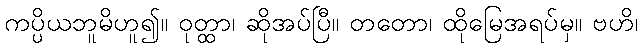
ကပ္ပိယဘူမိဟူ၍။ ဝုတ္ထာ၊ ဆိုအပ်ပြီ။ တတော၊ ထိုမြေအရပ်မှ။ ဗဟိ၊